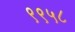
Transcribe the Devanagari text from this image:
९९५८